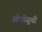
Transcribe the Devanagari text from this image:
ओवीसूची